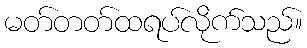
မတ်တတ်ထရပ်လိုက်သည်။